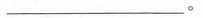
___。